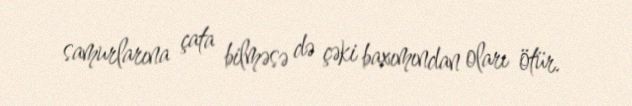
samurlarına çata bilməsə də çəki baxımından oları ötür.